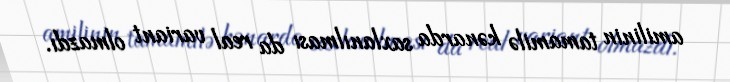
amilinin tamamilə kənarda saxlanılması da real variant olmazdı.